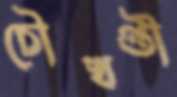
চৌখণ্ডী